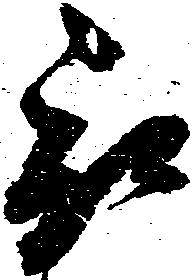
被